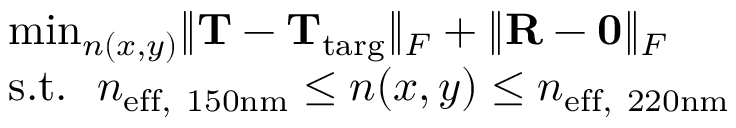
\begin{array} { r l } & { \operatorname* { m i n } _ { n ( x , y ) } \lVert \mathbf { T } - \mathbf { T } _ { \mathrm { t a r g } } \rVert _ { F } + \lVert \mathbf { R } - \mathbf { 0 } \rVert _ { F } } \\ & { \mathrm { s . t . } \ \ n _ { \mathrm { e f f , ~ 1 5 0 n m } } \leq n ( x , y ) \leq n _ { \mathrm { e f f , ~ 2 2 0 n m } } } \end{array}